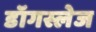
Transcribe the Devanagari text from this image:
डॉगस्लेज